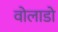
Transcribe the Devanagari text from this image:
वोलाडो